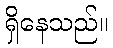
ရှိနေသည်။